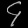
Digit: ၄